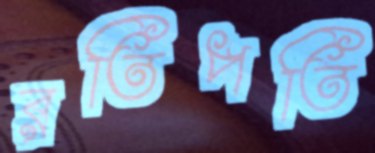
রতিপতি